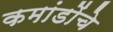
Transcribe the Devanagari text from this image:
कमांडोंचे